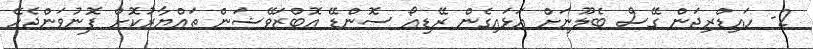
2- ހައިޑްރިޖަން ގޭސް ބެލޫނަށް އަޅައިގެން ރޭޑިއޯ ސޮންޑޭ އޮބްޒަވޭޝަން ތައްޔާރުކޮށް ފޮނުވަންޖެހޭ